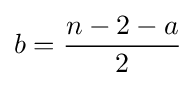
b={\frac {n-2-a}{2}}